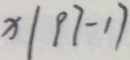
x \vert 9 7 - 1 7